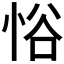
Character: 𪫹